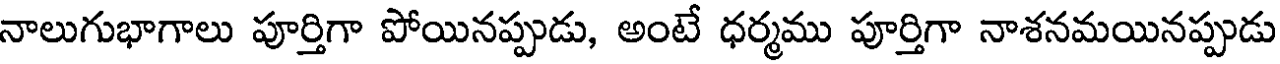
నాలుగుభాగాలు పూర్తిగా పోయినప్పుడు, అంటే ధర్మము పూర్తిగా నాశనమయినప్పుడు